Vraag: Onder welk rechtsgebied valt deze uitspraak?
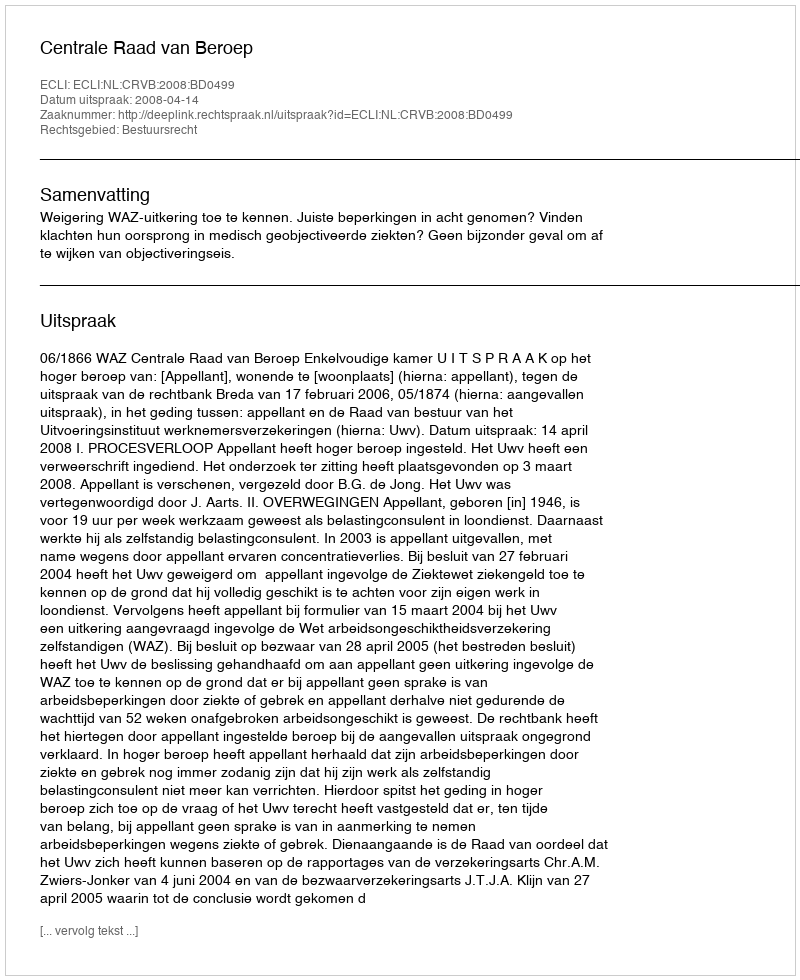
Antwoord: Bestuursrecht